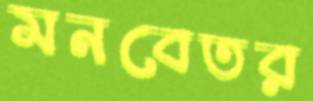
মনবেতর